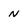
Character: n